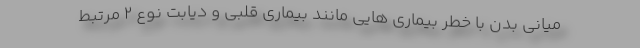
میانی بدن با خطر بیماری هایی مانند بیماری قلبی و دیابت نوع 2 مرتبط